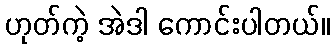
ဟုတ်ကဲ့ အဲဒါ ကောင်းပါတယ်။